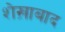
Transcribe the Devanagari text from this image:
शेख़ाबाद